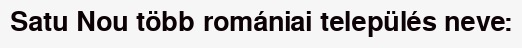
Satu Nou több romániai település neve: